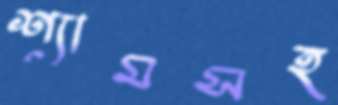
শ্যামসহ